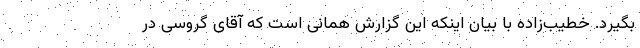
بگیرد. خطیب‌زاده با بیان اینکه این گزارش همانی است که آقای گروسی در